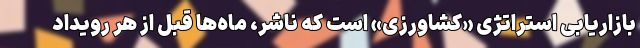
بازاریابی استراتژی «کشاورزی» است که ناشر، ماه‌ها قبل از هر رویداد